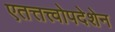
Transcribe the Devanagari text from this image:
एतत्तत्त्वोपदेशेन